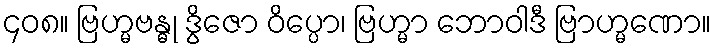
၄၀၈။ ဗြဟ္မဗန္ဓု ဒွိဇော ဝိပ္ပော၊ ဗြဟ္မာ ဘောဝါဒီ ဗြာဟ္မဏော။